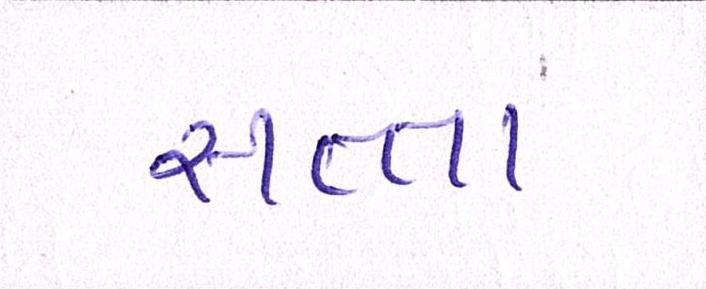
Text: સત્તા